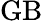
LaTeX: \mathrm{GB}